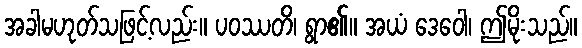
အခါမဟုတ်သဖြင့်လည်း။ ပဝဿတိ၊ ရွာ၏။ အယံ ဒေဝေါ၊ ဤမိုးသည်။